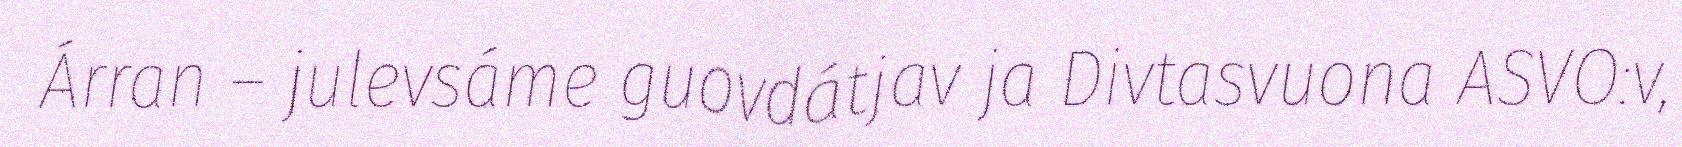
Árran – julevsáme guovdátjav ja Divtasvuona ASVO:v,